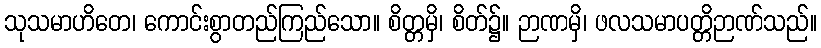
သုသမာဟိတေ၊ ကောင်းစွာတည်ကြည်သော။ စိတ္တမှိ၊ စိတ်၌။ ဉာဏမှိ၊ ဖလသမာပတ္တိဉာဏ်သည်။